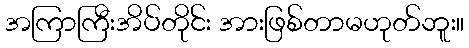
အကြာကြီးအိပ်တိုင်း အားဖြစ်တာမဟုတ်ဘူး။